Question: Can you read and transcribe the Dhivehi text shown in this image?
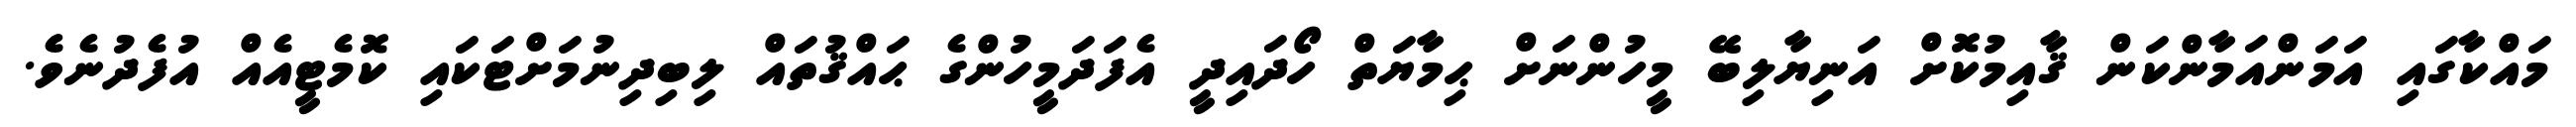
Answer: މައްކާގައި އަމަންއަމާންކަން ޤާއިމުކޮށް އަނިޔާލިބޭ މީހުންނަށް ޙިމާޔަތް ހޯދައިދީ އެފަދަމީހުންގެ ޙައްޤުތައް ލިބިދިނުމަށްޓަކައި ކޮމެޓީއެއް އުފެދުނެވެ.